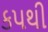
કપથી